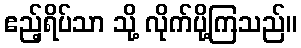
ဧည့်ရိပ်သာ သို့ လိုက်ပို့ကြသည်။